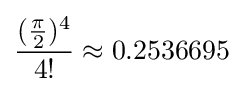
{\frac {({\frac {\pi }{2}})^{4}}{4!}}\approx 0.2536695